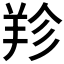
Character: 𦍪